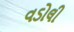
વડોલી